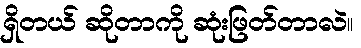
ရှိတယ် ဆိုတာကို ဆုံးဖြတ်တာလဲ။